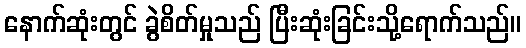
နောက်ဆုံးတွင် ခွဲစိတ်မှုသည် ပြီးဆုံးခြင်းသို့ရောက်သည်။